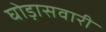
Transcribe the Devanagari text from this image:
घोड़ासवारी